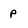
Character: P